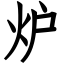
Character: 炉